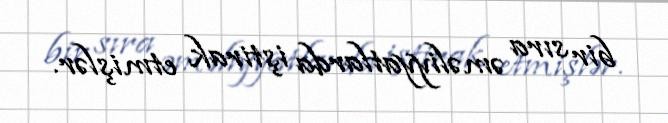
bir sıra əməliyyatlarda iştirak etmişlər.